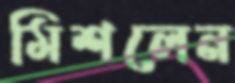
মিশলেন